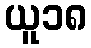
ယူ၁၈